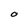
Character: O